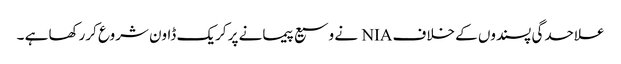
علاحدگی پسندوں کے خلاف NIA نے وسیع پیمانے پر کریک ڈاون شروع کررکھا ہے ۔